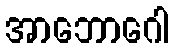
အာဘောဂေါ